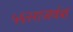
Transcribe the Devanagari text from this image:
५६२राजवंश